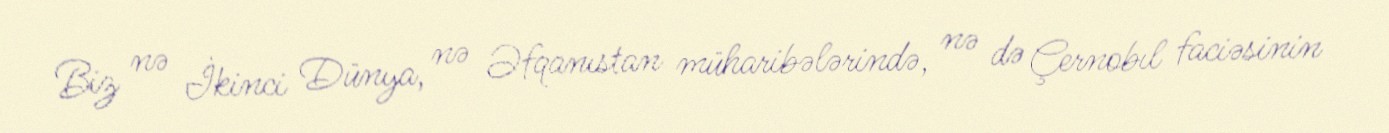
Biz nə İkinci Dünya, nə Əfqanıstan müharibələrində, nə də Çernobıl faciəsinin